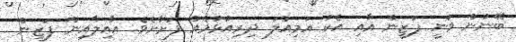
ބޭނުން ވަނީ ފަޒީން އާއި އެކު އަމިއްލަ ދިރިއުޅުމެއް ފަށާށެވެ. އާއިލާއިން ފަޒީން